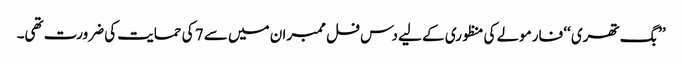
’’بگ تھری ‘‘ فارمولے کی منظوری کے لیے دس فل ممبران میں سے 7 کی حمایت کی ضرورت تھی۔